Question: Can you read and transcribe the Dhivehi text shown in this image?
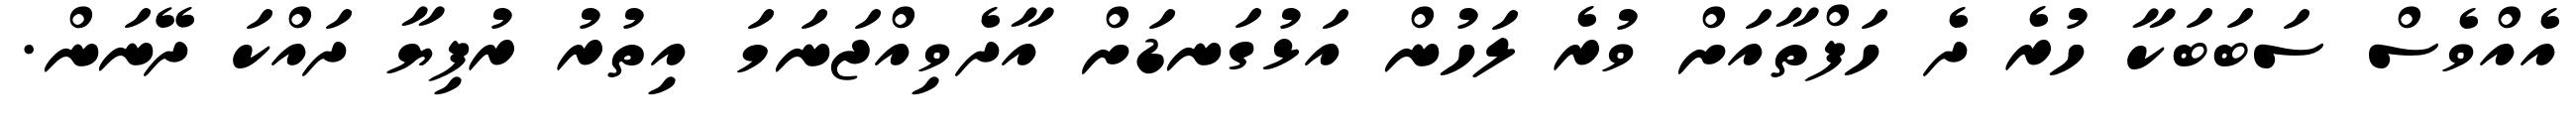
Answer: އެއްވެސް ސަބަބަކާ ހުރެ ދެ ހަފްތާއަށް ވުރެ ލަހުން އަޅުގަނޑަށް އާދެވިއްޖަނަމަ އިތުރު ރުފިޔާ ދައްކަ ދޭނަން.